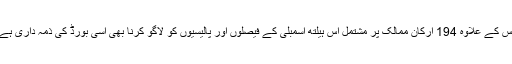
اس کے علاوہ 194 ارکان ممالک پر مشتمل اس ہیلتھ اسمبلی کے فیصلوں اور پالیسیوں کو لاگو کرنا بھی اسی بورڈ کی ذمہ داری ہے۔